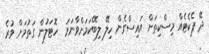
ދޭ ޕެކެޓެއް މިސްކިތަށް އައިސްގެން ހިލޭ ލިބޭކަމަށްވާނަމަ  ހޮޓަލުން ގަތުމަށް ވުރެ